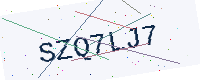
Text: SZQ7LJ7